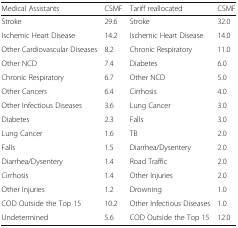
<table><thead><tr><td><b>Medical Assistants</b></td><td><b>CSMF</b></td><td><b>Tariff reallocated</b></td><td><b>CSMF</b></td></tr></thead><tbody><tr><td>Stroke</td><td>29.6</td><td>Stroke</td><td>32.0</td></tr><tr><td>Ischemic Heart Disease</td><td>14.2</td><td>Ischemic Heart Disease</td><td>14.0</td></tr><tr><td>Other Cardiovascular Diseases</td><td>8.2</td><td>Chronic Respiratory</td><td>11.0</td></tr><tr><td>Other NCD</td><td>7.4</td><td>Diabetes</td><td>6.0</td></tr><tr><td>Chronic Respiratory</td><td>6.7</td><td>Other NCD</td><td>5.0</td></tr><tr><td>Other Cancers</td><td>6.4</td><td>Cirrhosis</td><td>4.0</td></tr><tr><td>Other Infectious Diseases</td><td>3.6</td><td>Lung Cancer</td><td>3.0</td></tr><tr><td>Diabetes</td><td>2.3</td><td>Falls</td><td>3.0</td></tr><tr><td>Lung Cancer</td><td>1.6</td><td>TB</td><td>2.0</td></tr><tr><td>Falls</td><td>1.5</td><td>Diarrhea/Dysentery</td><td>2.0</td></tr><tr><td>Diarrhea/Dysentery</td><td>1.4</td><td>Road Traffic</td><td>2.0</td></tr><tr><td>Cirrhosis</td><td>1.4</td><td>Other Injuries</td><td>2.0</td></tr><tr><td>Other Injuries</td><td>1.2</td><td>Drowning</td><td>1.0</td></tr><tr><td>COD Outside the Top 15</td><td>10.2</td><td>Other Infectious Diseases</td><td>1.0</td></tr><tr><td>Undetermined</td><td>5.6</td><td>COD Outside the Top 15</td><td>12.0</td></tr></tbody></table>